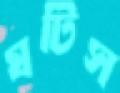
ঘটিস